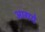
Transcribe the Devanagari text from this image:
आगये